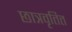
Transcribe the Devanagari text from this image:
छात्रवृतित